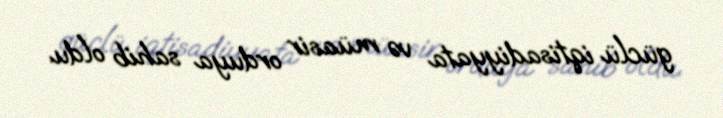
güclü iqtisadiyyata və müasir orduya sahib oldu.